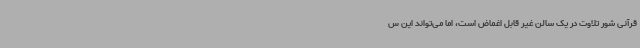
قرآنی شور تلاوت در یک سالن غیر قابل اغماض است، اما می‌تواند این س